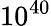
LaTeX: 10^{40}